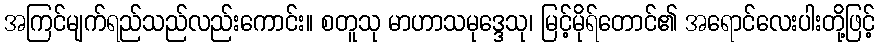
အကြင်မျက်ရည်သည်လည်းကောင်း။ စတူသု မာဟာသမုဒ္ဒေသု၊ မြင့်မိုရ်တောင်၏ အရောင်လေးပါးတို့ဖြင့်